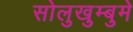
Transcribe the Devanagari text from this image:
सोलुखुम्बुमे